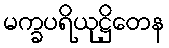
မက္ခပရိယုဋ္ဌိတေန